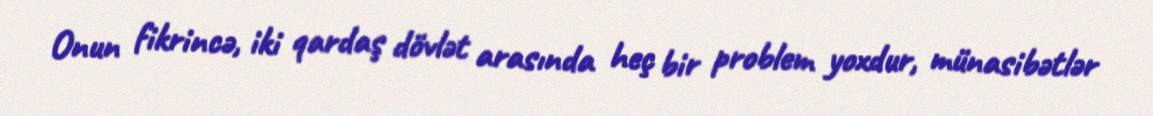
Onun fikrincə, iki qardaş dövlət arasında heç bir problem yoxdur, münasibətlər